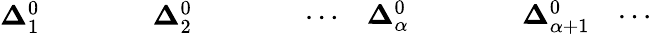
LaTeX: {\begin{array}{lllllllll}{\mathbf{\Delta}_{1}^{0}}&{}&{}&{}&{\mathbf{\Delta}_{2}^{0}}&{}&{}&{}&{\cdots}\end{array}}{\begin{array}{llllll}{\quad\mathbf{\Delta}_{\alpha}^{0}}&{}&{}&{}&{\mathbf{\Delta}_{\alpha+1}^{0}}&{\cdots}\end{array}}